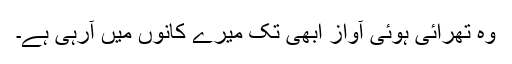
وہ تھرائی ہوئی آواز ابھی تک میرے کانوں میں آرہی ہے۔